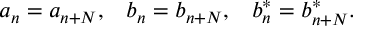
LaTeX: a _ { n } = a _ { n + N } , \; \; \; b _ { n } = b _ { n + N } , \; \; \; b _ { n } ^ { * } = b _ { n + N } ^ { * } .